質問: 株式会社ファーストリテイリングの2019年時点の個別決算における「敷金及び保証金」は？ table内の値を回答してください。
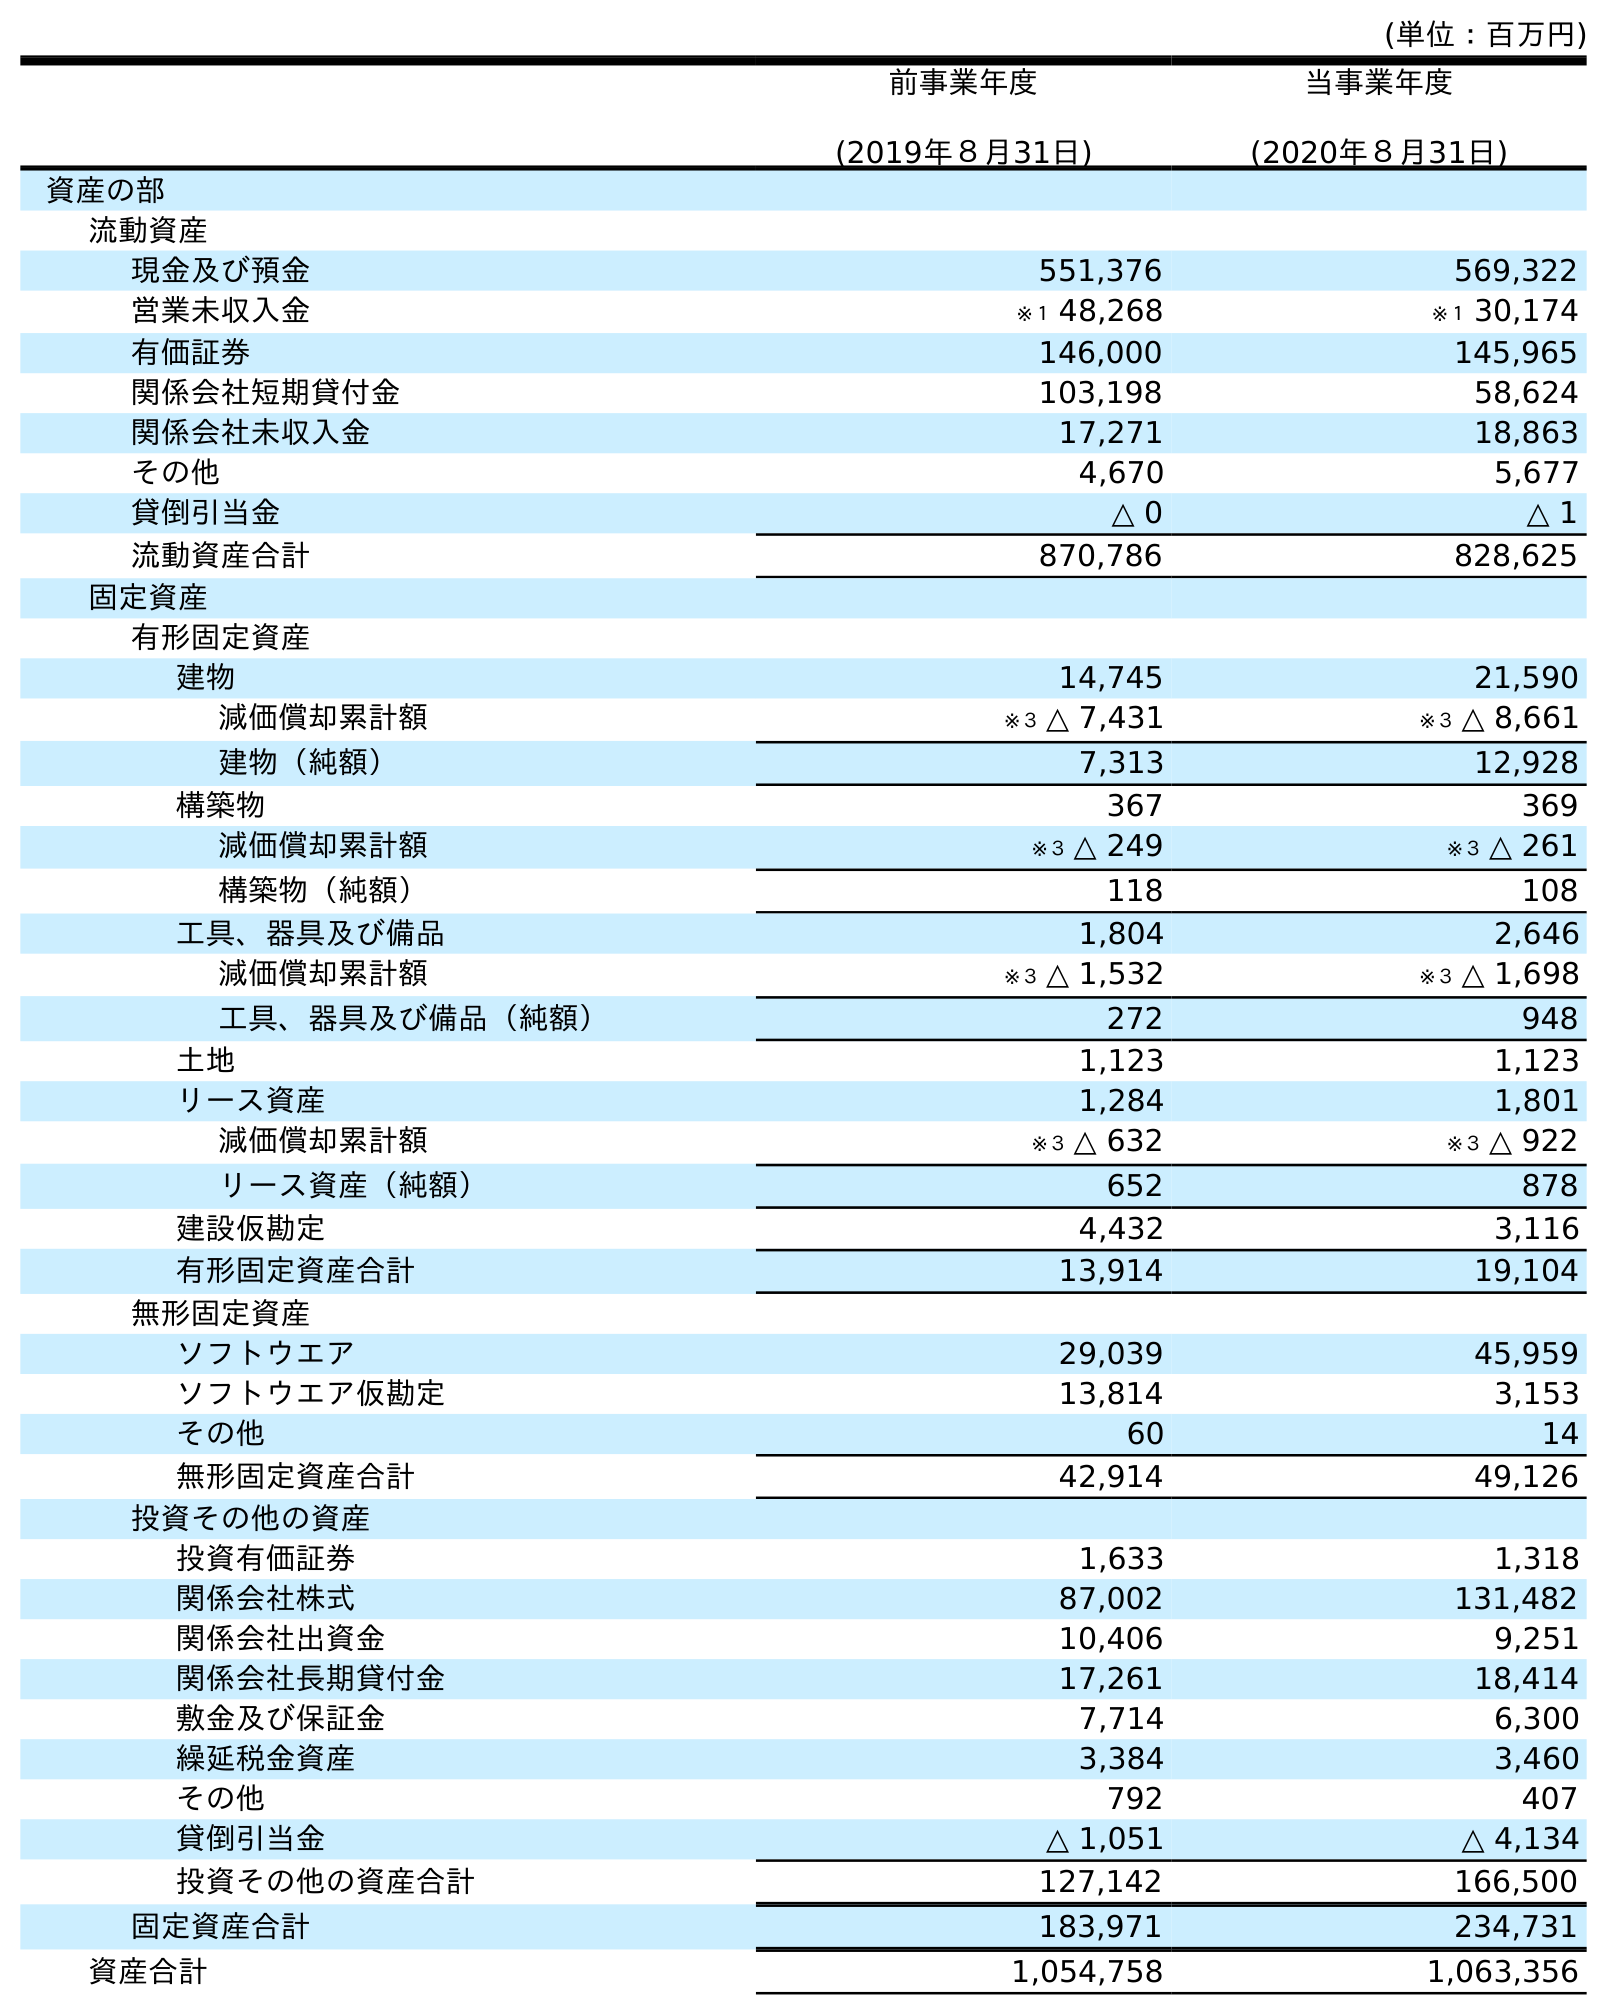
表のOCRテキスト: (単位：百万円) 前事業年度 (2019年８月31日) 当事業年度 (2020年８月31日) 資産の部 流動資産 現金及び預金 551,376 569,322 営業未収入金 ※１ 48,268 ※１ 30,174 有価証券 146,000 145,965 関係会社短期貸付金 103,198 58,624 関係会社未収入金 17,271 18,863 その他 4,670 5,677 貸倒引当金 △ 0 △ 1 流動資産合計 870,786 828,625 固定資産 有形固定資産 建物 14,745 21,590 減価償却累計額 ※３ △ 7,431 ※３ △ 8,661 建物（純額） 7,313 12,928 構築物 367 369 減価償却累計額 ※３ △ 249 ※３ △ 261 構築物（純額） 118 108 工具、器具及び備品 1,804 2,646 減価償却累計額 ※３ △ 1,532 ※３ △ 1,698 工具、器具及び備品（純額） 272 948 土地 1,123 1,123 リース資産 1,284 1,801 減価償却累計額 ※３ △ 632 ※３ △ 922 リース資産（純額） 652 878 建設仮勘定 4,432 3,116 有形固定資産合計 13,914 19,104 無形固定資産 ソフトウエア 29,039 45,959 ソフトウエア仮勘定 13,814 3,153 その他 60 14 無形固定資産合計 42,914 49,126 投資その他の資産 投資有価証券 1,633 1,318 関係会社株式 87,002 131,482 関係会社出資金 10,406 9,251 関係会社長期貸付金 17,261 18,414 敷金及び保証金 7,714 6,300 繰延税金資産 3,384 3,460 その他 792 407 貸倒引当金 △ 1,051 △ 4,134 投資その他の資産合計 127,142 166,500 固定資産合計 183,971 234,731 資産合計 1,054,758 1,063,356
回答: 7,714